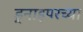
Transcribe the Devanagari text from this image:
ड्नाइपरच्या